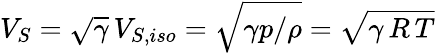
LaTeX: V_{S}=\sqrt{\gamma}\, V_{S,iso}=\sqrt{\gamma p/\rho}=\sqrt{\gamma\, R\, T}